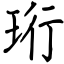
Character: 珩